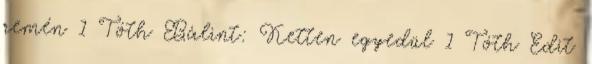
remén 1 Tóth Bálint: Ketten egyedül 1 Tóth Edit